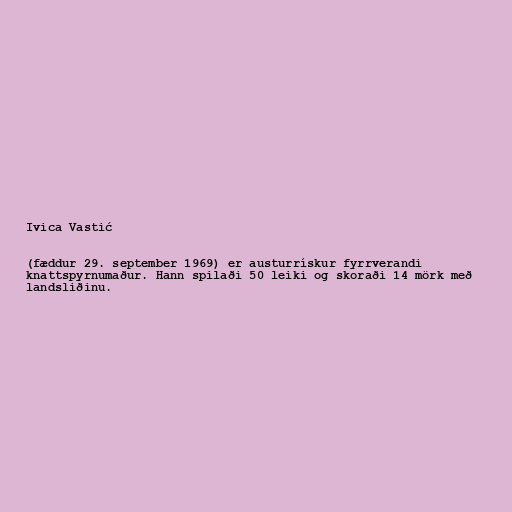
Ivica Vastić

(fæddur 29. september 1969) er austurrískur fyrrverandi
knattspyrnumaður. Hann spilaði 50 leiki og skoraði 14 mörk með
landsliðinu.